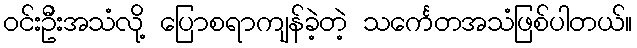
ဝင်းဦးအသံလို့ ပြောစရာကျန်ခဲ့တဲ့ သင်္ကေတအသံဖြစ်ပါတယ်။